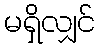
မရှိလျှင်